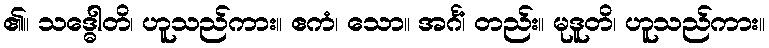
၏။ သဒ္ဓေါတိ၊ ဟူသည်ကား။ ဧကံ၊ သော။ အင်္ဂံ၊ တည်း။ မုဒူတိ၊ ဟူသည်ကား။